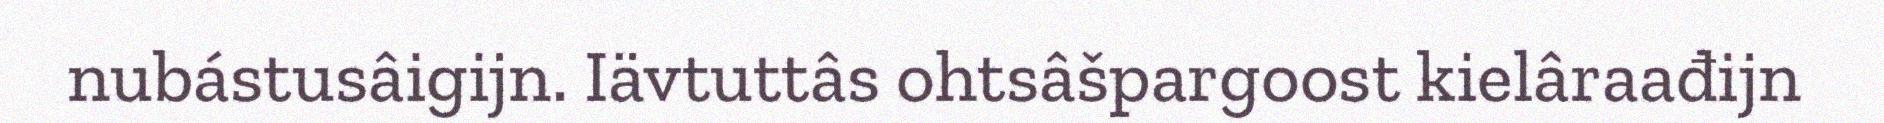
nubástusâigijn. Iävtuttâs ohtsâšpargoost kielâraađijn